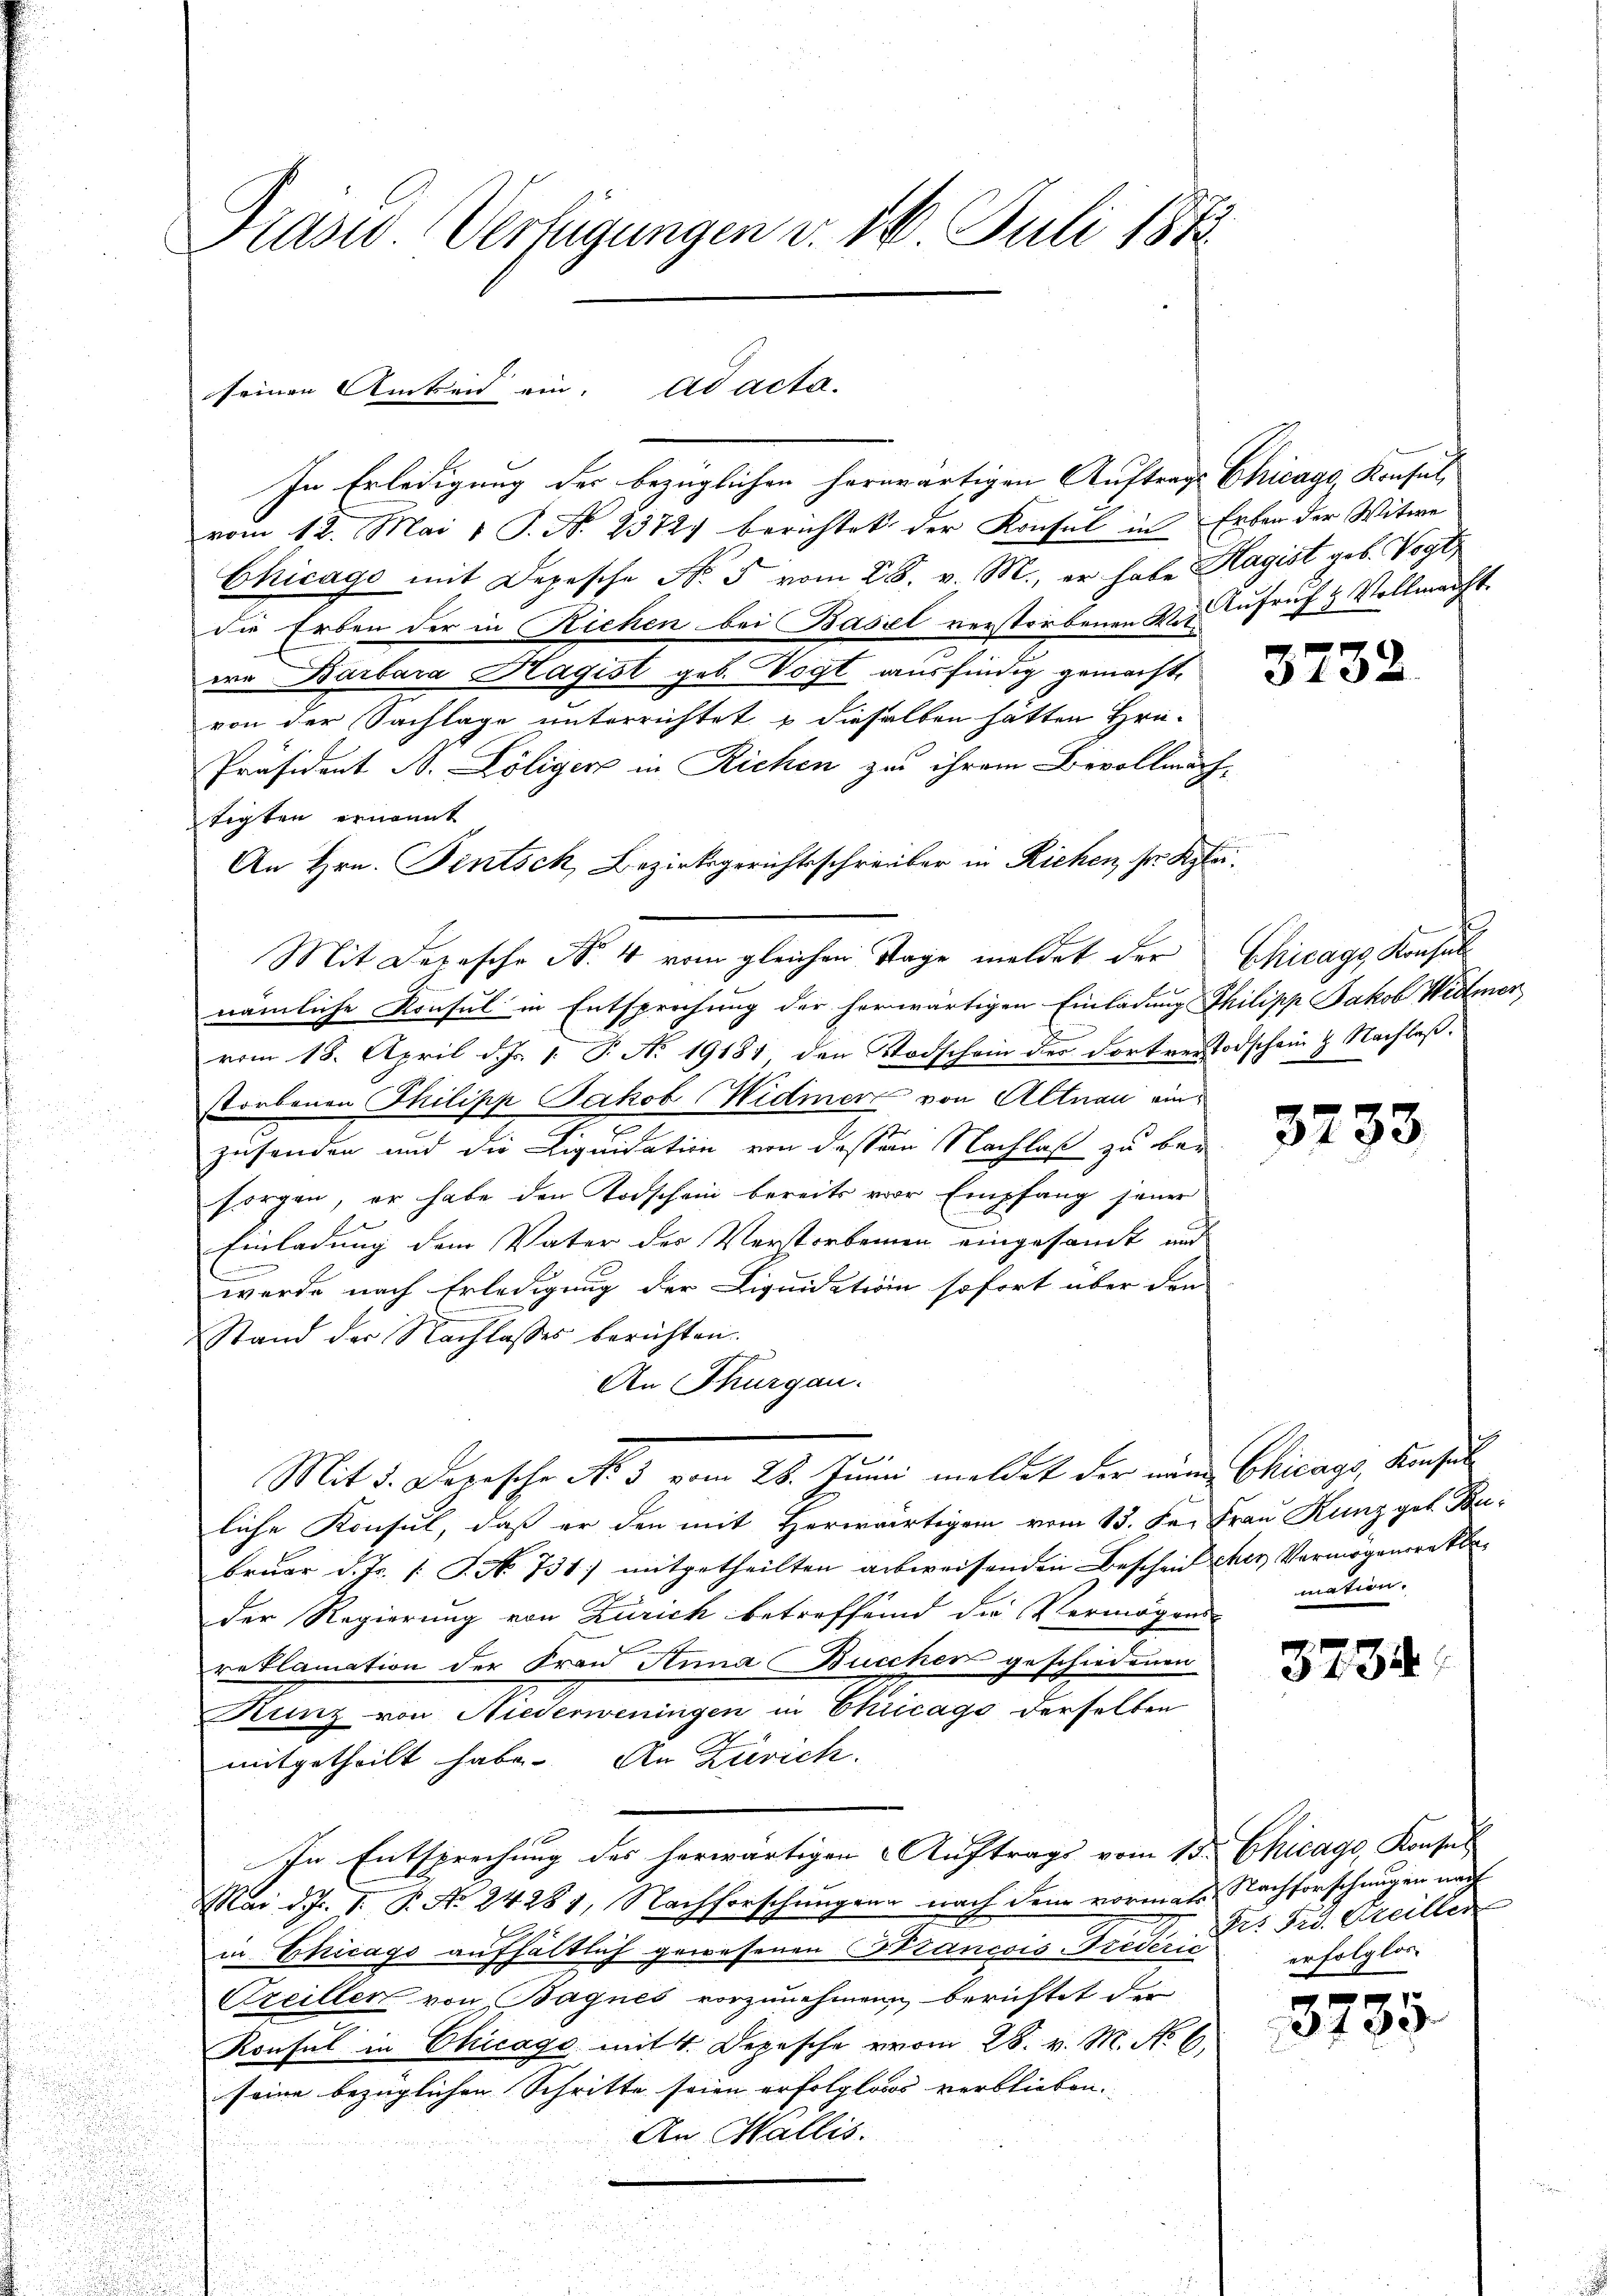
Präses Verfügungen v. 18. Juli 1812.

seinen Amtseid ein. ad acta.

In Erledigung der bezüglichen herwärtigen Auftrags Chicago, Konsulvom 12. Mai 1 S. N. 2372. berichtet der Konsul in Erben der Witwe
Chicago mit Depesche No 5 vom 28. v. M., er habe Hagist geb. Vogt
die Erben der in Richen bei Basel verstorbenen der Aufruf & Vollmacht.
ea Barbara Hagist geb. Vogt ausfindig gemacht.
von der Sachlage unterrichtet & dieselben hätten Hrü-
Präsident B. Löliger in Richen zu ihrem Bevollmächtigten ernannt
An Hrn. Fintsch, Bezirksgerichtsschreiber in Richen, se Klei¬
Mit Depesche N. 4 vom gleichen Tage meldet der
nämliche Konsul in Entsprechung der herwärtigen Einladung Philipp Jakob Widmer
vom 18. April d. Js. 1. P. No 19181, den Todschein des Fortverstorschein & Nachlaßstorbenen Thilipp Jakob Widmer von Altnau ein
zusenden und die Liquidation von dessen Nachlaß zu ber
sorgen, er habe den Todschein bereits vor Empfang jener
Einladung dem Vater der Verstorbenen eingesamt und
n
werde nach Erledigung der Liquidation sofort über den
Stand der Nachlasses berichten.
e
An Thurgau.
Mit d. Depesche No 3 vom 28. Juni meldet der neue Chicags, Konsul
liche Konsul, daß er den mit Herwärtigem vom 15. der Frau Kunz geb. Bubruar d. Js. [S. No. 731) mitgetheilten abweisenden Bescheid scher Vermögensrekbe
der Regierung von Zürich betreffend die Vermögens-
reklamation der Frau Anna Buccher geschiedenen
Kunz von Niederweningen in Chicago derselben
mitgetheilt habe. An Zürich.
In Entsprechung des herwärtigen Auftrags vom 13. Chicago, Konsul
Mai d. J. V. P. Nr. 24281, Nachforschungen nach dem vormals Nachforschungen nach
in Chicago aufhältlich gewesenen Strancois Freden. Frd. Greillen
Creiller von Bagnes vorzunehmen, berichtet der
Konsul in Chicago mit 4. Depesche vom 28. v. M. No 6.
seine bezüglichen Schritte seien erfolglosos verblieben.
An Wallis.

3232

Chicagg Konsul

3733.

mation.

3734.

erfolglos

3785.